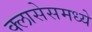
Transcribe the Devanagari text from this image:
क्लासेसमध्ये